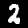
Digit: 2